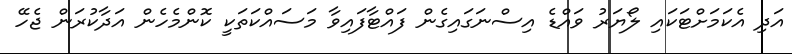
އަދި އެކަމަށްޓަކައި ލޯޔަރު ވައްޑެ އިސްނަގައިގެން ފައްޓާފައިވާ މަސައްކަތަކީ ކޮންމެހެން އަދާކުރަން ޖެހޭ